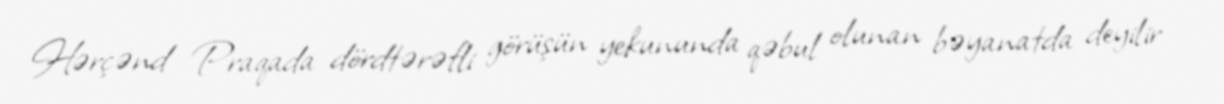
Hərçənd Praqada dördtərəfli görüşün yekununda qəbul olunan bəyanatda deyilir